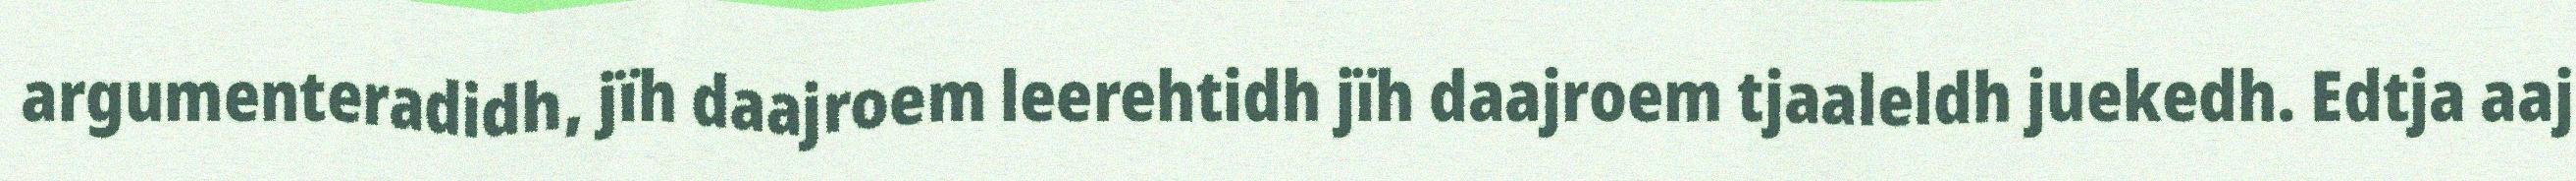
argumenteradidh, jïh daajroem leerehtidh jïh daajroem tjaaleldh juekedh. Edtja aaj